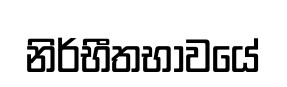
නිර්භීතභාවයේ